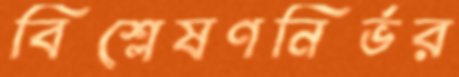
বিশ্লেষণনির্ভর